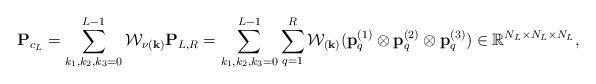
LaTeX: \begin{align*} {\bf P}_{c_L}= \sum\limits_{k_1,k_2,k_3=0}^{L-1} {\cal W}_{\nu({\bf k})} {\bf P}_{{L},R}= \sum\limits_{k_1,k_2,k_3=0}^{L-1} \sum\limits_{q=1}^{R}{\cal W}_{ ({\bf k})}( {\bf p}^{(1)}_{q} \otimes {\bf p}^{(2)}_{q} \otimes {\bf p}^{(3)}_{q})\in \mathbb{R}^{N_L\times N_L \times N_L},\end{align*}